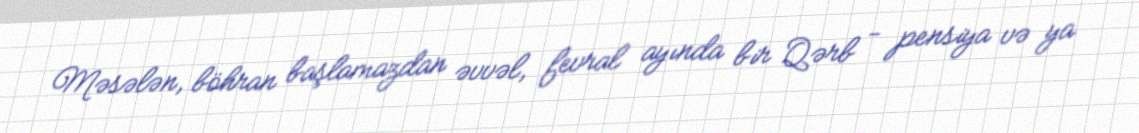
Məsələn, böhran başlamazdan əvvəl, fevral ayında bir Qərb - pensiya və ya